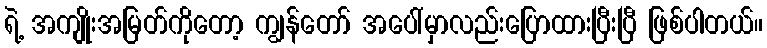
ရဲ့ အကျိုးအမြတ်ကိုတော့ ကျွန်တော် အပေါ်မှာလည်းပြောထားပြီးပြီ ဖြစ်ပါတယ်။